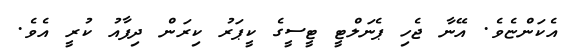
އެކަންޏެވެ. އޭނާ ޖެހި ޕެނަލްޓީ ޓީސީގެ ކީޕަރު ކިރަން ދިފާއު ކުރީ އެވެ.